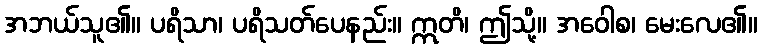
အဘယ်သူ၏။ ပရိသာ၊ ပရိသတ်ပေနည်း။ ဣတိ၊ ဤသို့။ အဝေါစ၊ မေးလေ၏။